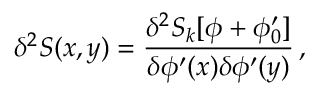
\delta ^ { 2 } S ( x , y ) = \frac { \delta ^ { 2 } S _ { k } [ \phi + \phi _ { 0 } ^ { \prime } ] } { \delta \phi ^ { \prime } ( x ) \delta \phi ^ { \prime } ( y ) } \, ,